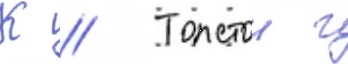
К // Толстои г